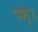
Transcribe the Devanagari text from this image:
पंगु।